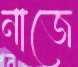
নাজে